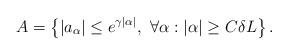
LaTeX: \begin{align*}A=\left\{ |a_{\alpha}|\leq e^{\gamma|\alpha|},\ \forall\alpha : |\alpha|\geq C\delta L\right\}.\end{align*}